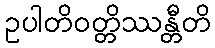
ဥပါတိဝတ္တိဿန္တီတိ